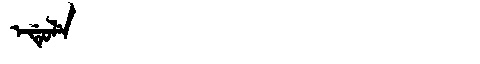
Manchu: ᡝᡩᡠᠯᡝ
Romanization: EDULE